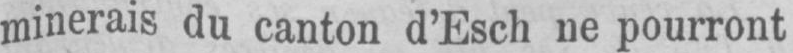
minerais du canton d’Esch ne pourront